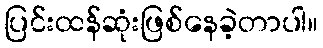
ပြင်းထန်ဆုံးဖြစ်နေခဲ့တာပါ။